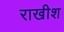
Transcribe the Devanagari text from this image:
राखीश